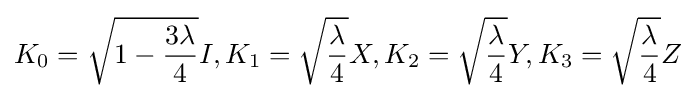
K_{0}={\sqrt {1-{\frac {3\lambda }{4}}}}I,K_{1}={\sqrt {\frac {\lambda }{4}}}X,K_{2}={\sqrt {\frac {\lambda }{4}}}Y,K_{3}={\sqrt {\frac {\lambda }{4}}}Z